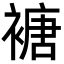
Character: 𮖩